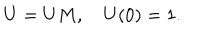
LaTeX: \dot { U } = U M , { \quad } U ( 0 ) = 1 .